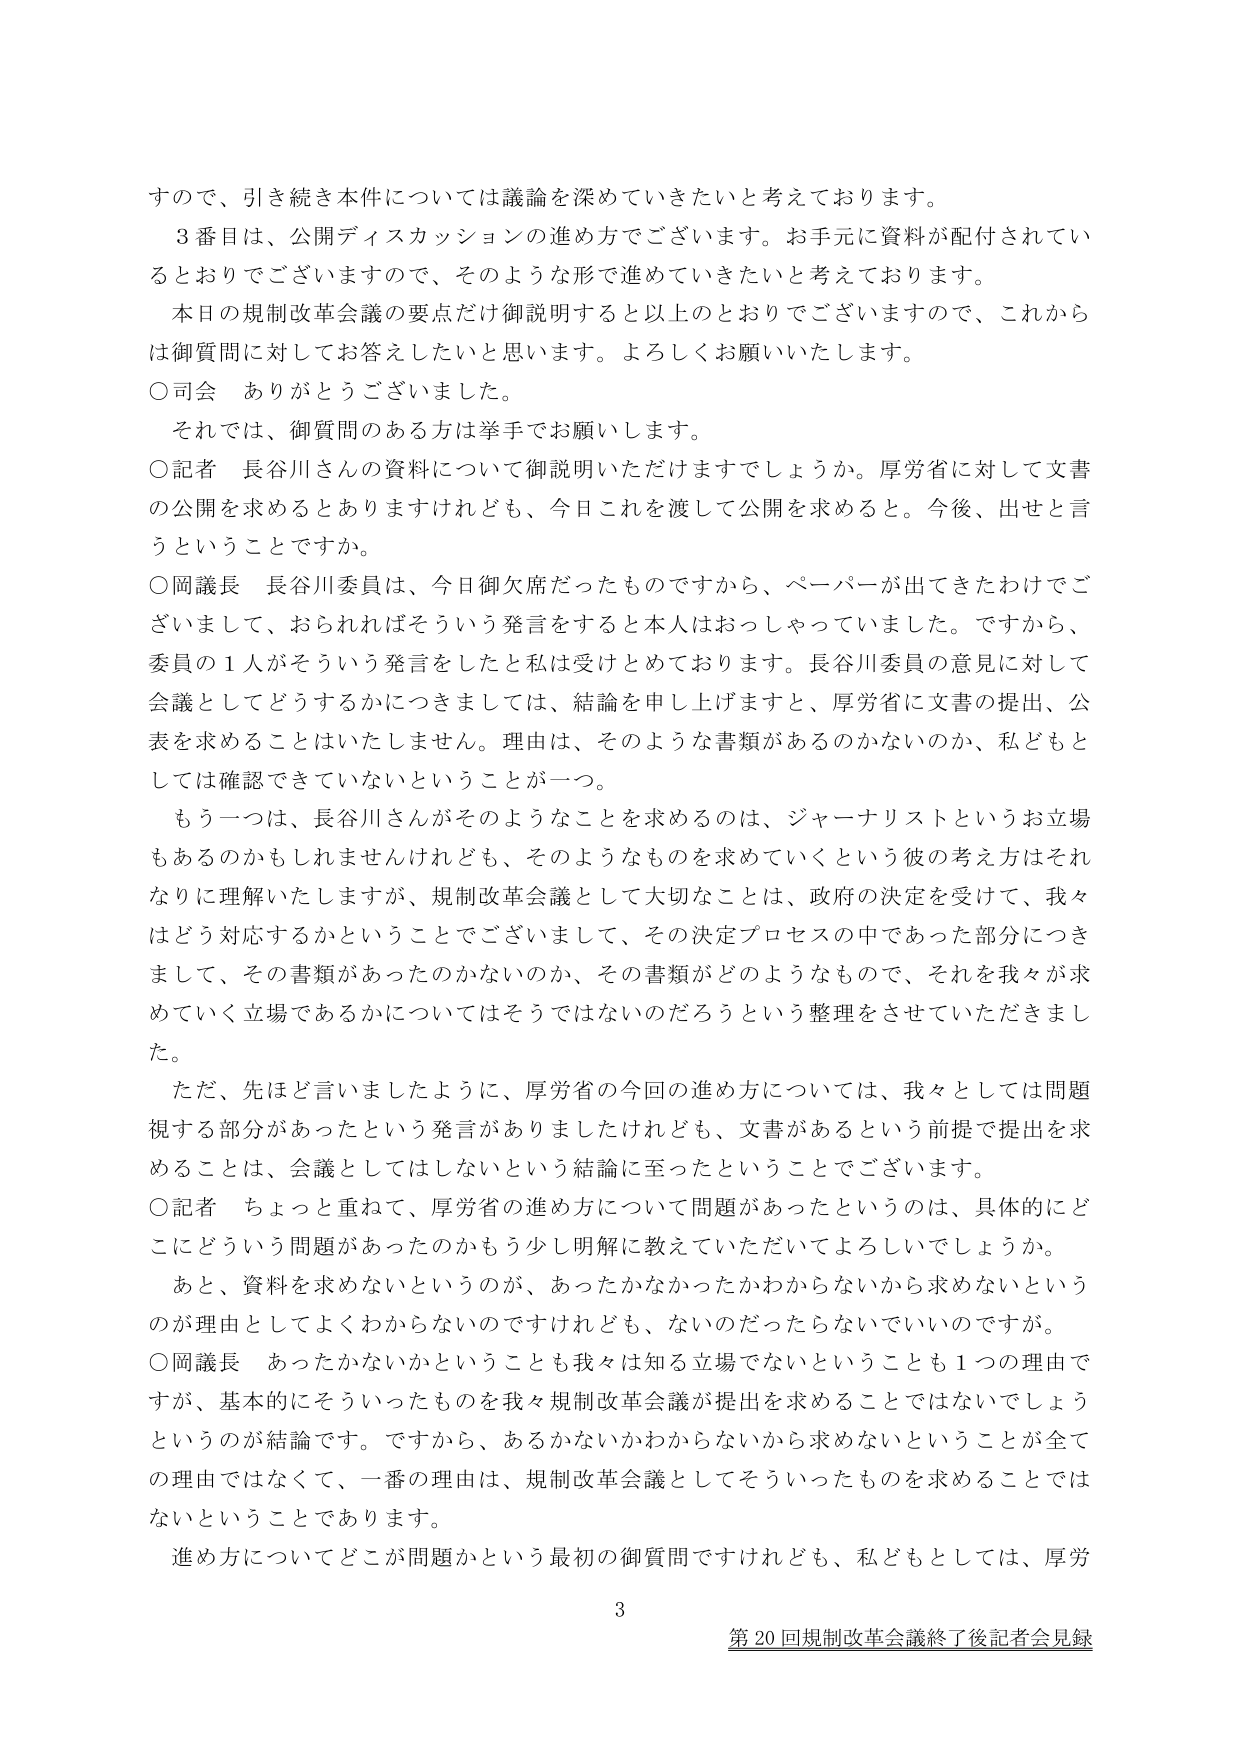
すので、引き続き本件については議論を深めていきたいと考えております。

３番目は、公開ディスカッションの進め方でございます。お手元に資料が配付されているとおりでございますので、そのような形で進めていきたいと考えております。

本日の規制改革会議の要点だけ御説明すると以上のとおりでございますので、これからは御質問に対してお答えしたいと思います。よろしくお願いいたします。

○司会　ありがとうございました。

それでは、御質問のある方は挙手でお願いします。

○記者　長谷川さんの資料について御説明いただけますでしょうか。厚労省に対して文書の公開を求めるとありますけれども、今日これを渡して公開を求めると。今後、出せと言うということですか。

○岡議長　長谷川委員は、今日御欠席だったものですから、ペーパーが出てきたわけでございまして、おられればそういう発言をすると本人はおっしゃっていました。ですから、委員の１人がそういう発言をしたと私は受けとめております。長谷川委員の意見に対して会議としてどうするかにつきましては、結論を申し上げますと、厚労省に文書の提出、公表を求めるとはいたしません。理由は、そのような書類があるのかないのか、私どもとしては確認できていないということが一つ。

もう一つは、長谷川さんがそのようなことを求めるのは、ジャーナリストというお立場もあるのかもしれませんけれども、そのようなものを求めていくという彼の考え方はそれなりに理解いたしますが、規制改革会議として大切なことは、政府の決定を受けて、我々はどう対応するかということでございまして、その決定プロセスの中であった部分につきまして、その書類があったのかないのか、その書類がどのようなもので、それを我々が求めていく立場であるかについてはそうではないのだろうという整理をさせていただきました。

ただ、先ほど言いましたように、厚労省の今回の進め方については、我々としては問題視する部分があったという発言がありましたけれども、文書があるという前提で提出を求めるることは、会議としてはしないという結論に至ったということでございます。

○記者　ちょっと重ねて、厚労省の進め方について問題があったというのは、具体的にどこにどういう問題があったのかもう少し明解に教えていただいてよろしいでしょうか。

あと、資料を求めないというのが、あったかなかったかわからないから求めないというのが理由としてよくわからないのですけれども、ないのだったらないでいいのですが。

○岡議長　あったかないかということも我々は知る立場でないということも１つの理由ですが、基本的にそういったものを我々規制改革会議が提出を求めるることではないでしょうというのが結論です。ですから、あるかないかわからないから求めないということが全ての理由ではなくて、一番の理由は、規制改革会議としてそういったものを求めることではないということであります。

進め方についてどこが問題かという最初の御質問ですけれども、私どもとしては、厚労

3

第20回規制改革会議終了後記者会見録